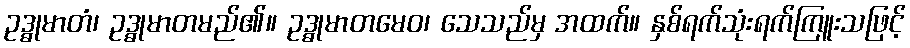
ဥဒ္ဓုမာတံ၊ ဥဒ္ဓုမာတမည်၏။ ဥဒ္ဓုမာတမေဝ၊ သေသည်မှ အထက်။ နှစ်ရက်သုံးရက်ကြူးသဖြင့်